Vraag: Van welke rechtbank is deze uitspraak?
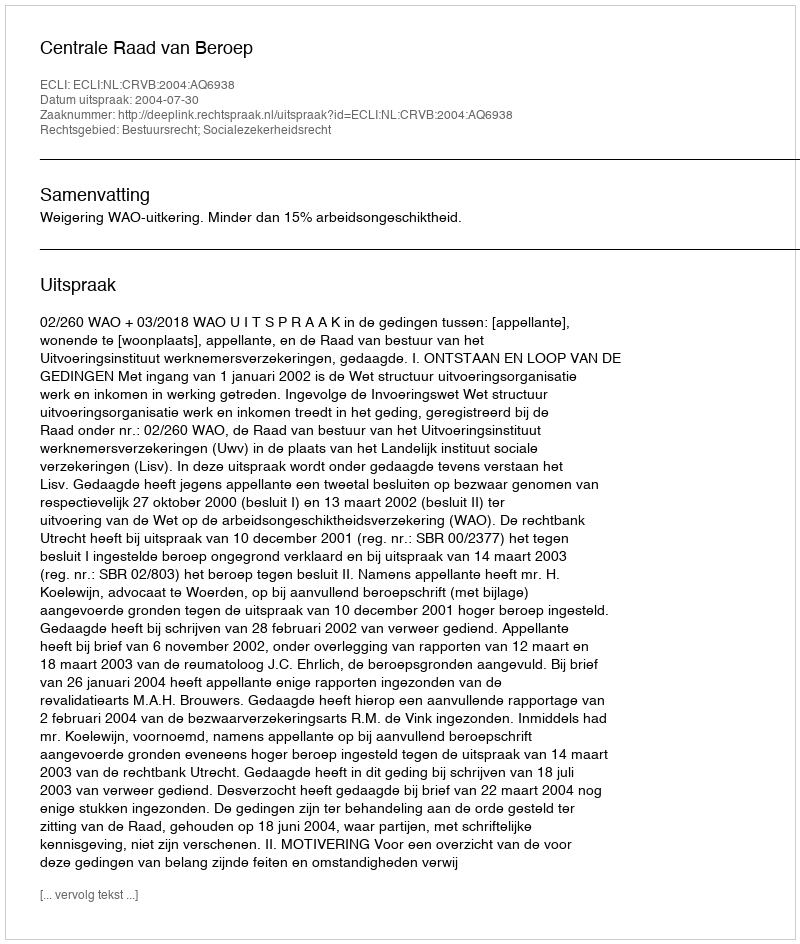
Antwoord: Centrale Raad van Beroep